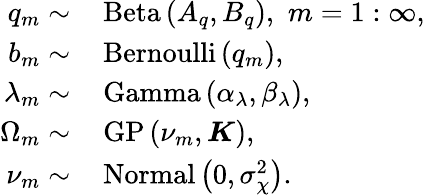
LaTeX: \begin{array}{rl}{q_{m}\sim}&{\, \mathrm{Beta}\left(A_{q},B_{q}\right),\, \, m=1:\infty,}\\ {b_{m}\sim}&{\, \mathrm{Bernoulli}\left(q_{m}\right),}\\ {\lambda_{m}\sim}&{\, \mathrm{Gamma}\left(\alpha_{\lambda},\beta_{\lambda}\right),}\\ {\Omega_{m}\sim}&{\, \mathrm{GP}\left(\nu_{m},\boldsymbol{K}\right),}\\ {\nu_{m}\sim}&{\, \mathrm{Normal}\left(0,\sigma_{\chi}^{2}\right).}\end{array}